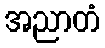
အညာတံ